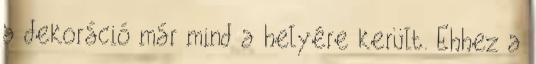
a dekoráció már mind a helyére került. Ehhez a